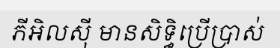
ភីអិលស៊ី មានសិទ្ធិប្រើប្រាស់